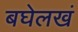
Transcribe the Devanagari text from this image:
बघेलखं